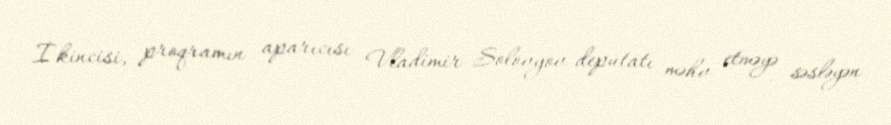
İkincisi, proqramın aparıcısı Vladimir Solovyov deputatı məhv etməyə səsləyən